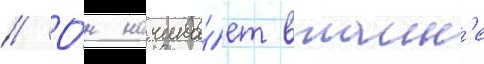
// О́н начина́ет втаин'е